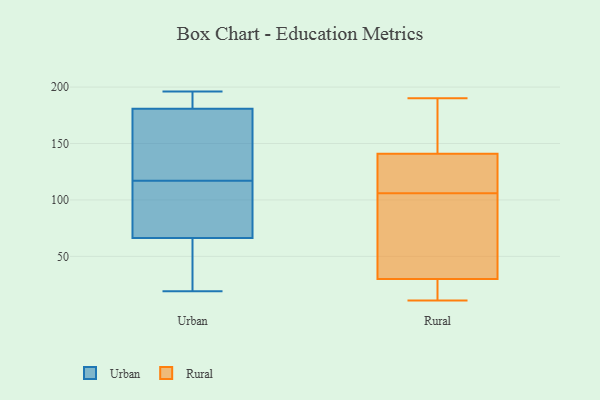
{"axis": {"x": "Headcount", "y": "Value"}, "legend": ["Rural", "Urban"], "data": [{"x": "", "y": 117, "type": "Urban"}, {"x": "", "y": 35, "type": "Urban"}, {"x": "", "y": 161, "type": "Urban"}, {"x": "", "y": 106, "type": "Urban"}, {"x": "", "y": 140, "type": "Urban"}, {"x": "", "y": 192, "type": "Urban"}, {"x": "", "y": 196, "type": "Urban"}, {"x": "", "y": 19, "type": "Urban"}, {"x": "", "y": 184, "type": "Urban"}, {"x": "", "y": 111, "type": "Urban"}, {"x": "", "y": 73, "type": "Urban"}, {"x": "", "y": 20, "type": "Urban"}, {"x": "", "y": 64, "type": "Urban"}, {"x": "", "y": 185, "type": "Urban"}, {"x": "", "y": 177, "type": "Urban"}, {"x": "", "y": 44, "type": "Urban"}, {"x": "", "y": 92, "type": "Urban"}, {"x": "", "y": 182, "type": "Urban"}, {"x": "", "y": 131, "type": "Urban"}, {"x": "", "y": 105, "type": "Rural"}, {"x": "", "y": 126, "type": "Rural"}, {"x": "", "y": 21, "type": "Rural"}, {"x": "", "y": 107, "type": "Rural"}, {"x": "", "y": 128, "type": "Rural"}, {"x": "", "y": 150, "type": "Rural"}, {"x": "", "y": 11, "type": "Rural"}, {"x": "", "y": 20, "type": "Rural"}, {"x": "", "y": 173, "type": "Rural"}, {"x": "", "y": 190, "type": "Rural"}, {"x": "", "y": 23, "type": "Rural"}, {"x": "", "y": 83, "type": "Rural"}, {"x": "", "y": 66, "type": "Rural"}, {"x": "", "y": 135, "type": "Rural"}, {"x": "", "y": 37, "type": "Rural"}, {"x": "", "y": 147, "type": "Rural"}]}